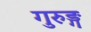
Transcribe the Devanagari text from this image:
गुरुङ्ग